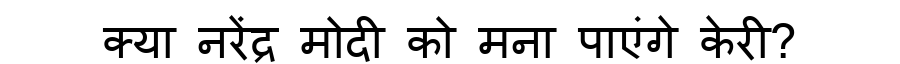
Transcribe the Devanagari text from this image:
क्या नरेंद्र मोदी को मना पाएंगे केरी?